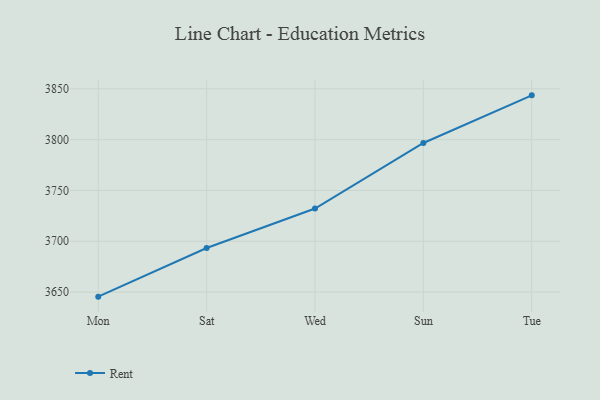
{"axis": {"x": "Day", "y": "Backlog"}, "legend": ["Rent"], "data": [{"x": "Mon", "y": 3645.5, "type": "Rent"}, {"x": "Sat", "y": 3693.4, "type": "Rent"}, {"x": "Wed", "y": 3732.2, "type": "Rent"}, {"x": "Sun", "y": 3796.7, "type": "Rent"}, {"x": "Tue", "y": 3843.6, "type": "Rent"}]}